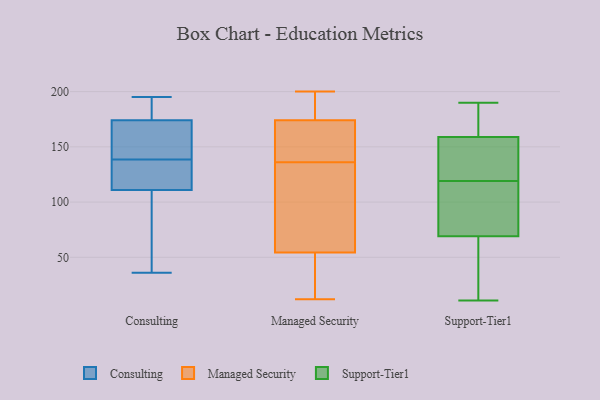
{"axis": {"x": "Revenue (USD Million)", "y": "Value"}, "legend": ["Consulting", "Managed Security", "Support-Tier1"], "data": [{"x": "", "y": 36, "type": "Consulting"}, {"x": "", "y": 130, "type": "Consulting"}, {"x": "", "y": 122, "type": "Consulting"}, {"x": "", "y": 147, "type": "Consulting"}, {"x": "", "y": 187, "type": "Consulting"}, {"x": "", "y": 194, "type": "Consulting"}, {"x": "", "y": 195, "type": "Consulting"}, {"x": "", "y": 69, "type": "Consulting"}, {"x": "", "y": 110, "type": "Consulting"}, {"x": "", "y": 175, "type": "Consulting"}, {"x": "", "y": 164, "type": "Consulting"}, {"x": "", "y": 111, "type": "Consulting"}, {"x": "", "y": 44, "type": "Consulting"}, {"x": "", "y": 165, "type": "Consulting"}, {"x": "", "y": 124, "type": "Consulting"}, {"x": "", "y": 174, "type": "Consulting"}, {"x": "", "y": 169, "type": "Consulting"}, {"x": "", "y": 120, "type": "Consulting"}, {"x": "", "y": 200, "type": "Managed Security"}, {"x": "", "y": 13, "type": "Managed Security"}, {"x": "", "y": 43, "type": "Managed Security"}, {"x": "", "y": 144, "type": "Managed Security"}, {"x": "", "y": 136, "type": "Managed Security"}, {"x": "", "y": 109, "type": "Managed Security"}, {"x": "", "y": 171, "type": "Managed Security"}, {"x": "", "y": 178, "type": "Managed Security"}, {"x": "", "y": 143, "type": "Managed Security"}, {"x": "", "y": 122, "type": "Managed Security"}, {"x": "", "y": 106, "type": "Managed Security"}, {"x": "", "y": 12, "type": "Managed Security"}, {"x": "", "y": 12, "type": "Managed Security"}, {"x": "", "y": 174, "type": "Managed Security"}, {"x": "", "y": 174, "type": "Managed Security"}, {"x": "", "y": 181, "type": "Managed Security"}, {"x": "", "y": 58, "type": "Managed Security"}, {"x": "", "y": 87, "type": "Support-Tier1"}, {"x": "", "y": 165, "type": "Support-Tier1"}, {"x": "", "y": 102, "type": "Support-Tier1"}, {"x": "", "y": 138, "type": "Support-Tier1"}, {"x": "", "y": 73, "type": "Support-Tier1"}, {"x": "", "y": 65, "type": "Support-Tier1"}, {"x": "", "y": 180, "type": "Support-Tier1"}, {"x": "", "y": 136, "type": "Support-Tier1"}, {"x": "", "y": 11, "type": "Support-Tier1"}, {"x": "", "y": 153, "type": "Support-Tier1"}, {"x": "", "y": 47, "type": "Support-Tier1"}, {"x": "", "y": 190, "type": "Support-Tier1"}]}